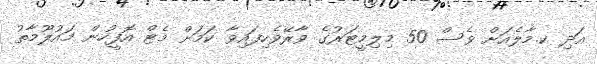
އަދި ކ.މާލެއަށް ވެސް 50 މިލިމީޓަރުގެ ވާރޭވެހިފައިވާ ކަމަށް މެޓް އޮފީހުން މައުލޫމާތު